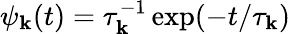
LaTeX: \psi_{\mathbf{k}}(t)=\tau_{\mathbf{k}}^{-1}\exp(-t/\tau_{\mathbf{k}})